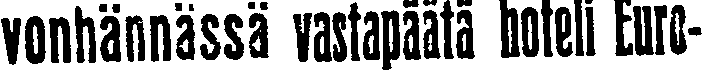
vonhännässä vastapäätä hoteli Euro-